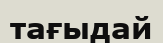
тағыдай